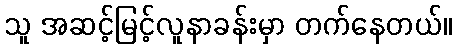
သူ အဆင့်မြင့်လူနာခန်းမှာ တက်နေတယ်။